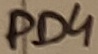
Text: PD4